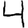
Digit: 4